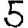
Digit: 5